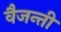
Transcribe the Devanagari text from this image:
वैजन्ती